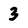
Character: 3